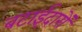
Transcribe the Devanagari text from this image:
बटाईदारों